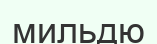
мильдю